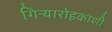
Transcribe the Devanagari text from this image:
गिऱ्यारोहकाशी